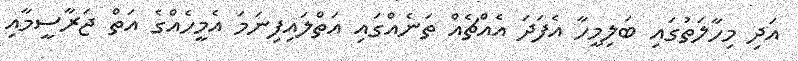
އަދި މިހާލަތުގައި ބަލިމީހާ އެފަދަ އެއްޗެއް ތަނެއްގައި އަތްލައިފިނަމަ އެމީހެއްގެ އަތް ޖަރާސީމާއި